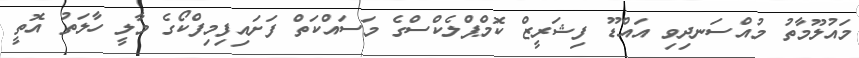
މައުލޫމާތު މުއްސަނދިވި އައްޑޫ ފިޝަރީޒް ކޮމްޕްލެކްސްގެ މަސައްކަތް ފަށައިފިމިފްކޯގެ މާލީ ހާލަތު އޮތީ